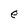
Character: e